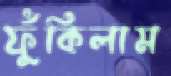
ফুঁকিলাম